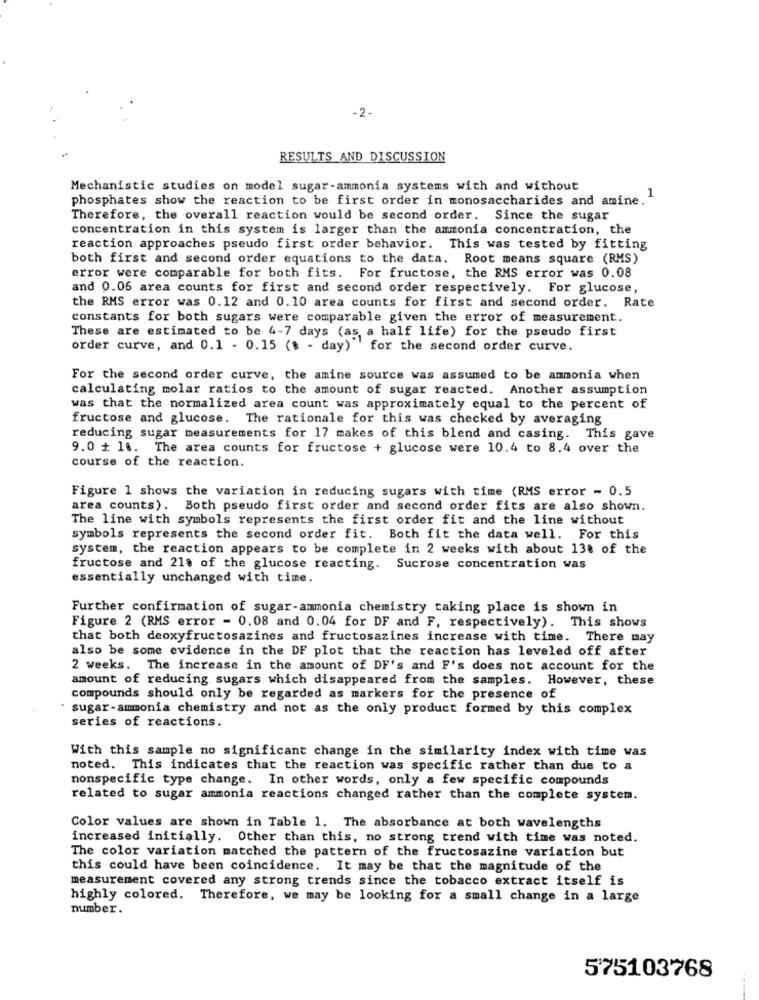
-2-
RESULTS AND DISCUSSION
Mechanistic studies on model sugar-ammonia systems with and without
phosphates show the reaction to be first order in monosaccharides and amine.
Therefore, the overall reaction would be second order. Since the sugar
concentration in this system is larger than the ammonia concentration, the
reaction approaches pseudo first order behavior. This was tested by fitting
both first and second order equations to the data. Root means square (RMS)
error were comparable for both fits.
For fructose, the RMS error was 0.08
and 0.06 area counts for first and second order respectively. For glucose,
the RMS error was 0.12 and 0.10 area counts for first and second order. Rate
constants for both sugars were comparable given the error of measurement.
These are estimated to be 4-7 days (as, a half life) for the pseudo first
order curve, and 0.1 - 0.15 ($ - day) for the second order curve.
For the second order curve, the amine source was assumed to be ammonia when
calculating molar ratios to the amount of sugar reacted. Another assumption
was that the normalized area count was approximately equal to the percent of
fructose and glucose. The rationale for this was checked by averaging
reducing sugar measurements for 17 makes of this blend and casing. This gave
9.0 + 18. The area counts for fructose + glucose were 10.4 to 8.4 over the
course of the reaction.
Figure 1 shows the variation in reducing sugars with time (RMS error - 0.5
area counts). Both pseudo first order and second order fits are also shown.
The line with symbols represents the first order fit and the line without
symbols represents the second order fit. Both fit the data well. For this
system, the reaction appears to be complete in 2 weeks with about 13% of the
fructose and 21% of the glucose reacting. Sucrose concentration was
essentially unchanged with time.
Further confirmation of sugar-ammonia chemistry taking place is shown in
Figure 2 (RMS error - 0.08 and 0.04 for DF and F, respectively). This shows
that both deoxyfructosazines and fructosazines increase with time. There may
also be some evidence in the DF plot that the reaction has leveled off after
2 weeks. The increase in the amount of DF's and F's does not account for the
amount of reducing sugars which disappeared from the samples. However, these
compounds should only be regarded as markers for the presence of
sugar-ammonia chemistry and not as the only product formed by this complex
series of reactions.
With this sample no significant change in the similarity index with time was
noted. This indicates that the reaction was specific rather than due to a
nonspecific type change. In other words, only a few specific compounds
related to sugar ammonia reactions changed rather than the complete system.
Color values are shown in Table 1. The absorbance at both wavelengths
increased initially. Other than this, no strong trend with time was noted.
The color variation matched the pattern of the fructosazine variation but
this could have been coincidence. It may be that the magnitude of the
measurement covered any strong trends since the tobacco extract itself is
highly colored. Therefore, we may be looking for a small change in a large
number.
575103768